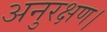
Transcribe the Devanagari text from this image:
अनुरक्षण।